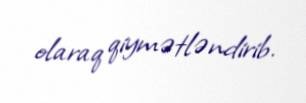
olaraq qiymətləndirib.